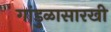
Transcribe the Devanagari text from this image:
गांडुळासारखी